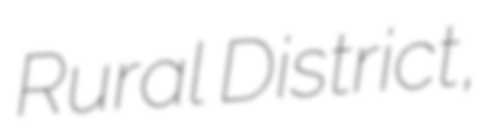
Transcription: Rural District,